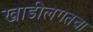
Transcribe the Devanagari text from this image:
खाडीलगतचा